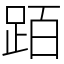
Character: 𬦰